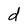
Character: d